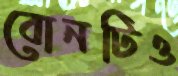
বোনটিও